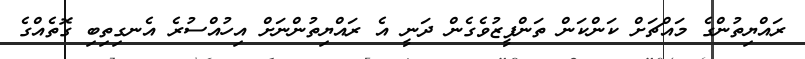
ރައްޔިތުންގެ މައްޗަށް ކަންކަން ތަންފީޒުވެގެން ދަނީ އެ ރައްޔިތުންނަށް އިހުއްސުރެ އެނގިތިބި ގޮތެއްގެ